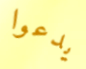
يدعوا